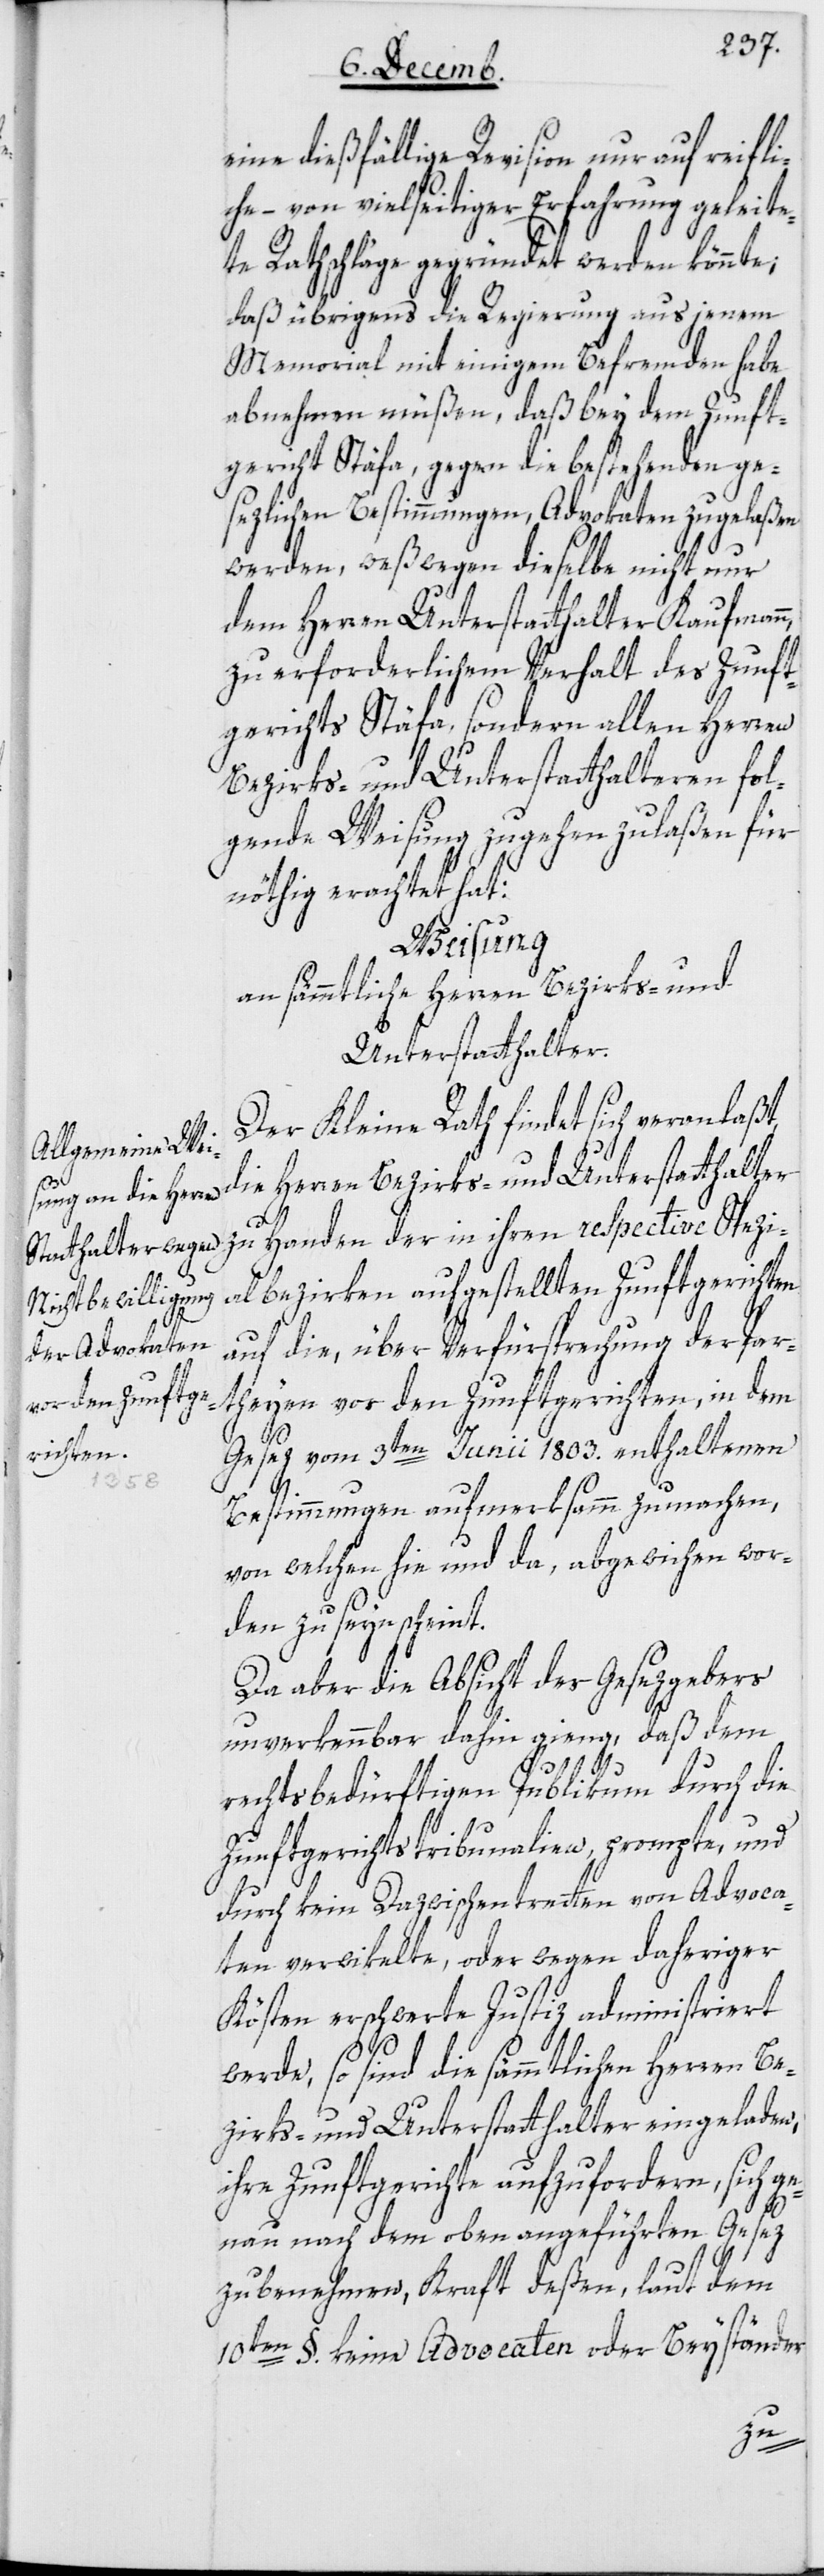
eine diesfällige Revision nur auf reifli¬
che, – von vielseitiger Erfahrung geleite¬
te Rathschläge gegründet werden könnte,
daß übrigen die Regierung aus jenem
Memorial mit einigem Befremden habe
abnehmen müßen, daß bey dem Zunft¬
gericht Stäfa, gegen die bestehenden ge¬
setzlichen Bestimmungen, Advocaten zugelaßen
werden, weswegen dieselbe nicht nur
dem Herren Unterstatthalter Kaufmann
zu erforderlichem Verhalt des Zunft¬
gerichts Stäfa, sondern allen Herren
Bezirks- und Unterstatthalteren fol¬
gende Weisung zugehen zu laßen für
nöthig erachtet hat:
Weisung
an sämtliche Herren Bezirks- und
Unterstatthalter.
Der Kleine Rath findet sich veranlaßt,
die Herren Bezirks- und Unterstatthalter
zu Handen der in ihren respective Spezi¬
albezirken aufgestellten Zunftgerichten
auf die, über Verfürsprechung der Par¬
theyen vor den Zunftgerichten, in dem
Gesez vom 3ten Junii 1803 enthaltenen
Bestimmungen aufmerksamm zu machen,
von welchen hie und da abgewichen wor¬
den zu seyn scheint.
Da aber die Absicht des Gesezgebers
unverkennbar dahin gieng, daß dem
rechtsbedürftigen Publikum durch die
Zunftgerichtstribunalien, prompte und
durch kein Dazwischentretten von Advoca¬
ten verwikelte, oder wegen daheriger
Kösten erschwerte Justiz administriert
werde, so sind die sämmtlichen Herren Be¬
zirks- und Unterstatthalter eingeladen,
ihre Zunftgerichte aufzufordern, sich g¬
enau nach dem oben angeführten Gesez
zu benehmen, Kraft deßen, laut dem
10ten § keine Advocaten oder Beyständer